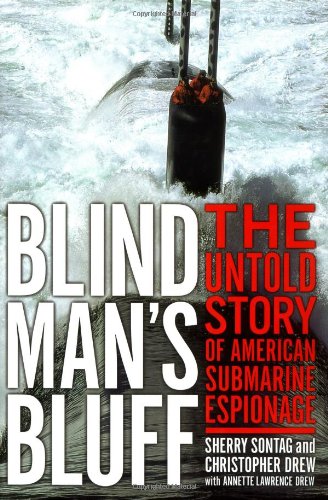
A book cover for Blind Man's Bluff: The Untold Story Of American Submarine Espionage; Sherry Sontag; History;